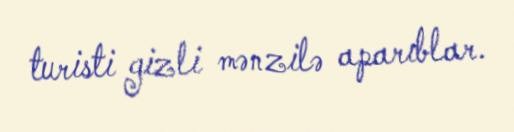
turisti gizli mənzilə aparıblar.